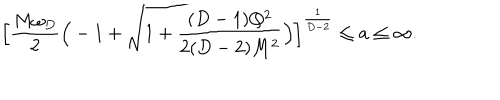
\Big [ { \frac { M \omega _ { D } } { 2 } } \Big ( - 1 + { \sqrt { 1 + { \frac { ( D - 1 ) Q ^ { 2 } } { 2 ( D - 2 ) M ^ { 2 } } } } } \Big ) \Big ] ^ { \frac { 1 } { D - 2 } } \le a \le \infty .